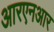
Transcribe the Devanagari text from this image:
आरएनआर